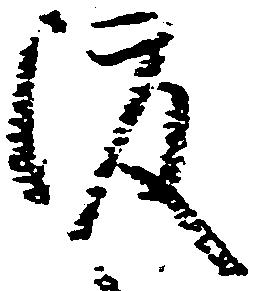
渡